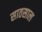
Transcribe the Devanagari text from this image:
सातसाल